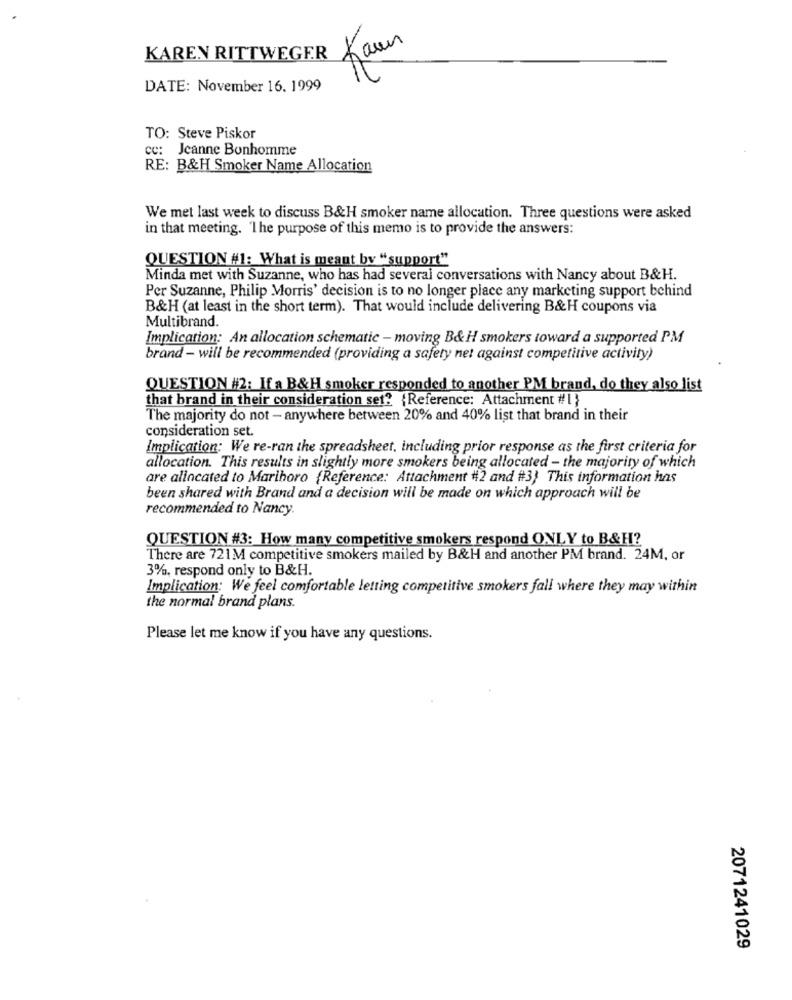
KAREN RITTWEGER Kaun
DATE: November 16. 1999
TO: Steve Piskor
cc: Jeanne Bonhomme
RE: B&H Smoker Name Allocation
We met last week to discuss B&H smoker name allocation. Three questions were asked
in that meeting. The purpose of this memo is to provide the answers:
QUESTION #1: What is meant by "support"
Minda met with Suzanne, who has had several conversations with Nancy about B&H.
Per Suzanne, Philip Morris' decision is to no longer place any marketing support behind
B&H (at least in the short term). That would include delivering B&H coupons via
Multibrand.
Implication: An allocation schematic - moving B& H smokers toward a supported PM
brand - will be recommended (providing a safety net against competitive activity)
QUESTION #2: If a B&H smoker responded to another PM brand, do they also list
that brand in their consideration set? {Reference: Attachment #1 }
The majority do not - anywhere between 20% and 40% list that brand in their
consideration set
Implication: We re-ran the spreadsheet, including prior response as the first criteria for
allocation. This results in slightly more smokers being allocated - the majority of which
are allocated to Marihoro {Reference: Attachment #2 and #3) This information has
been shared with Brand and a decision will be made on which approach will be
recommended to Nancy
QUESTION #3: How many competitive smokers respond ONLY to B&H?
There are 721M competitive smokers mailed by B&H and another PM brand. 24M, or
3%, respond only to B&H.
Implication: We feel comfortable letting competitive smokers fall where they may within
the normal brand plans.
Please let me know if you have any questions.
2071241029